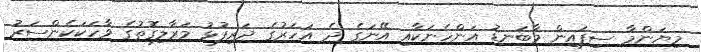
މިޔަންމާ ސިފައިން މާބަނޑު އަންހެނަކާއި އޭނަގެ ދެ އަހަރުގެ ދަރިފުޅު މަރާލިގޮތުގެ ވާހަކަކެންސަރު